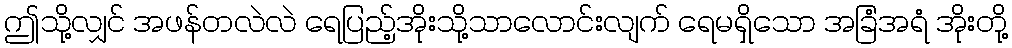
ဤသို့လျှင် အဖန်တလဲလဲ ရေပြည့်အိုးသို့သာလောင်းလျက် ရေမရှိသော အခြံအရံ အိုးတို့